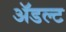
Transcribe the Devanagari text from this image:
ॲडल्ट